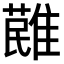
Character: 𩀔